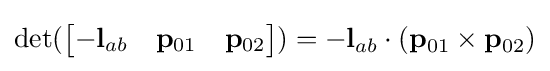
\det({\begin{bmatrix}-\mathbf {l} _{ab}&\mathbf {p} _{01}&\mathbf {p} _{02}\end{bmatrix}})=-\mathbf {l} _{ab}\cdot (\mathbf {p} _{01}\times \mathbf {p} _{02})